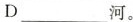
D___河。